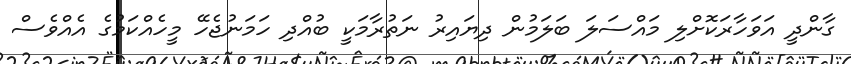
ގާންދީ އަވަހާރަކޮށްލި މައްސަލަ ބަލަމުން ދިޔައިރު ނަތުރާމަކީ ބުއްދި ހަމަނުޖެހޭ މީހެއްކަމުގެ އެއްވެސް